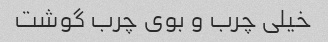
خیلی چرب و بوی چرب گوشت